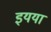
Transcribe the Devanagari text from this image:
इयया